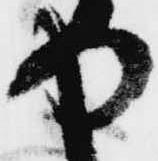
や